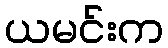
ယမင်းက